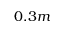
0 . 3 m